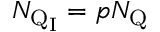
N _ { \mathrm { Q _ { I } } } = p N _ { \mathrm { Q } }